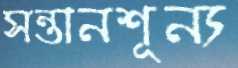
সন্তানশূন্য